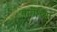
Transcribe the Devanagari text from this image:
वातीच्या